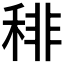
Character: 𥟍